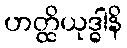
ဟတ္ထိယုဒ္ဓါနိ